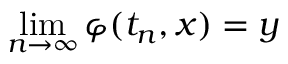
\operatorname* { l i m } _ { n \to \infty } \varphi ( t _ { n } , x ) = y